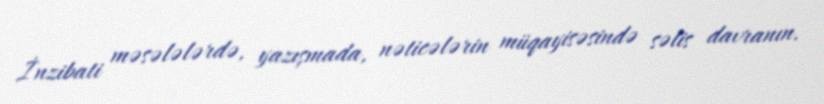
İnzibati məsələlərdə, yazışmada, nəticələrin müqayisəsində səlis davranın.